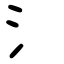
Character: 氵